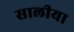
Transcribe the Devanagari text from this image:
सालीया